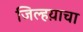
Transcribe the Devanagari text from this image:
जिल्हय़ाचा